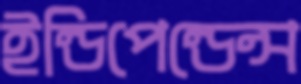
ইন্ডিপেন্ডেন্স